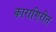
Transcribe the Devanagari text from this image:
कारागिरीत